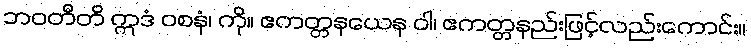
ဘဝတီတိ ဣဒံ ဝစနံ၊ ကို။ ဧကတ္တနယေန ဝါ၊ ဧကတ္တနည်းဖြင့်လည်းကောင်း။